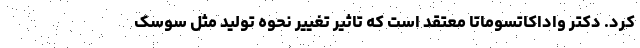
کرد. دکتر واداکاتسوماتا معتقد است که تاثیر تغییر نحوه تولید مثل سوسک